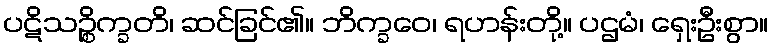
ပဋိသဉ္စိက္ခတိ၊ ဆင်ခြင်၏။ ဘိက္ခဝေ၊ ရဟန်းတို့။ ပဌမံ၊ ရှေးဦးစွာ။